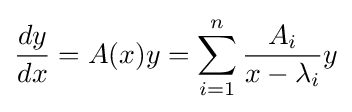
{\frac {dy}{dx}}=A(x)y=\sum _{i=1}^{n}{\frac {A_{i}}{x-\lambda _{i}}}y